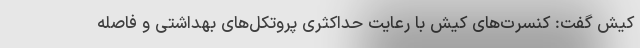
کیش گفت: کنسرت‌های کیش با رعایت حداکثری پروتکل‌های بهداشتی و فاصله